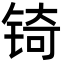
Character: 锜